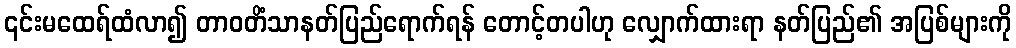
၎င်းမထေရ်ထံလာ၍ တာဝတိံသာနတ်ပြည်ရောက်ရန် တောင့်တပါဟု လျှောက်ထားရာ နတ်ပြည်၏ အပြစ်များကို